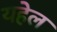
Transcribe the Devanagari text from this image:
यहेल